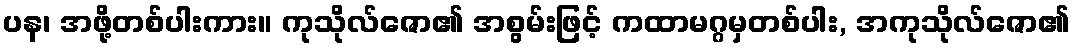
ပန၊ အဖို့တစ်ပါးကား။ ကုသိုလ်ဇော၏ အစွမ်းဖြင့် ကထာမဂ္ဂမှတစ်ပါး, အကုသိုလ်ဇော၏